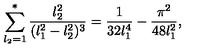
\sum _ { l _ { 2 } = 1 } ^ { * } { \frac { l _ { 2 } ^ { 2 } } { ( l _ { 1 } ^ { 2 } - l _ { 2 } ^ { 2 } ) ^ { 3 } } } = { \frac { 1 } { 3 2 l _ { 1 } ^ { 4 } } } - { \frac { \pi ^ { 2 } } { 4 8 l _ { 1 } ^ { 2 } } } ,